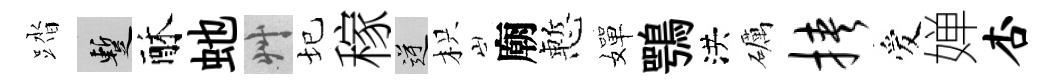
踏暫酥虵艸圮稼逆枳廟慙嬋鶚洪礪挟爱婵杏